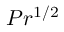
P r ^ { 1 / 2 }